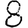
Digit: 8